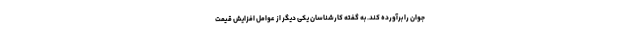
جوان را برآورده کند. به گفته کارشناسان یکی دیگر از عوامل افزایش قیمت